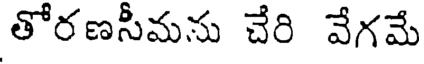
తోరణసీమను చేరి వేగమే